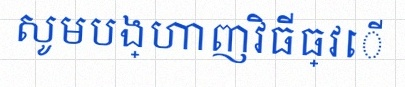
សូមបង្ហាញវិធីធ្វើ